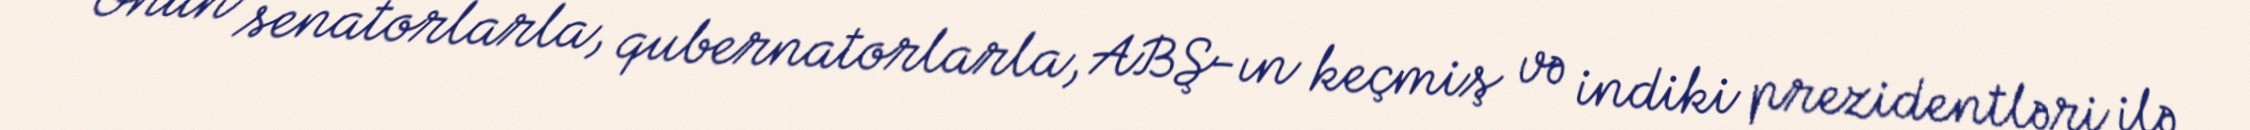
Onun senatorlarla, qubernatorlarla, ABŞ-ın keçmiş və indiki prezidentləri ilə